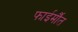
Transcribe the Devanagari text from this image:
फाईर्मौंत